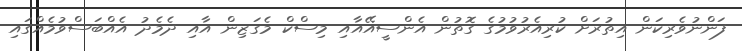
ފަންނުވެރިކަން އިތުރަށް ކުރިއެރުވުމުގެ ގޮތުން އެންސީއޭއާއި މިސްކް މެގަޒިން އާއި ދެމެދު އެއްބަސްވުމެއްގައި